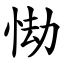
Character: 㤼